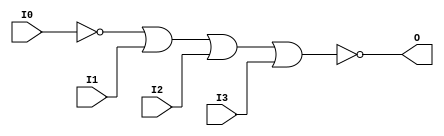
// $Header: /devl/xcs/repo/env/Databases/CAEInterfaces/verunilibs/s/NOR4B1.v,v 1.8 2003/01/21 01:55:30 wloo Exp $

/*

FUNCTION	: 4-INPUT NOR GATE

*/

`timescale  100 ps / 10 ps


module NOR4B1 (O, I0, I1, I2, I3);

    output O;

    input  I0, I1, I2, I3;

    not N0 (i0_inv, I0);
    nor O1 (O, i0_inv, I1, I2, I3);

    specify
	(I0 *> O) = (0, 0);
	(I1 *> O) = (0, 0);
	(I2 *> O) = (0, 0);
	(I3 *> O) = (0, 0);
    endspecify

endmodule